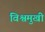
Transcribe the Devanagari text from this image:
विश्वमुखी